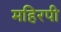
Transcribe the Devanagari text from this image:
महिरपी